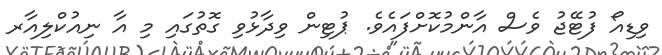
ވިޑިއޯ ފުޓޭޖު ވެސް އާންމުކޮށްފައެވެ. ޕުޓިން ވިދާޅުވި ގޮތުގައި މި އާ ނިއުކްލިއާރ